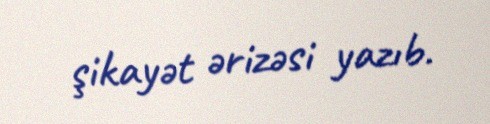
şikayət ərizəsi yazıb.